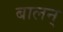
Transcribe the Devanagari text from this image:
बालन्